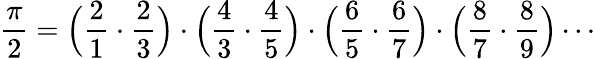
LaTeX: {\frac{\pi}{2}}={\Big(}{\frac{2}{1}}\cdot{\frac{2}{3}}{\Big)}\cdot{\Big(}{\frac{4}{3}}\cdot{\frac{4}{5}}{\Big)}\cdot{\Big(}{\frac{6}{5}}\cdot{\frac{6}{7}}{\Big)}\cdot{\Big(}{\frac{8}{7}}\cdot{\frac{8}{9}}{\Big)}\cdots